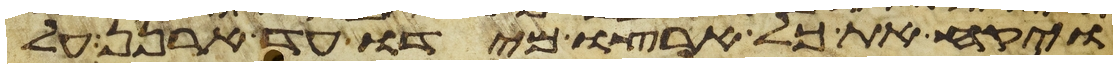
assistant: ויקח את כל ארצו מידו עד ארנן על